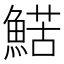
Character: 𩹜